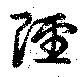
陘